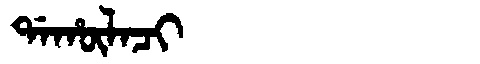
Manchu: ᡩᠠᡥᡡᠯᠠᠴᡳ
Romanization: DAHŪLACI